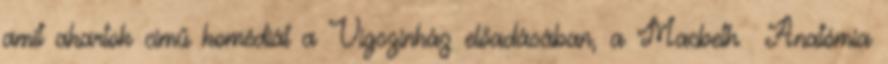
amit akartok című komédiát a Vígszínház előadásában, a Macbeth Anatómia